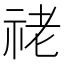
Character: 𥙕